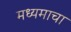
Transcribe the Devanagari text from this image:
मध्यमाचा